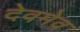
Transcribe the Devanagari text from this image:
देवमेव